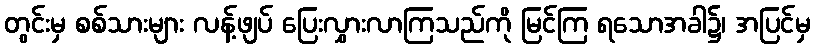
တွင်းမှ စစ်သားများ လန့်ဖျပ် ပြေးလွှားလာကြသည်ကို မြင်ကြ ရသောအခါ၌၊ အပြင်မှ